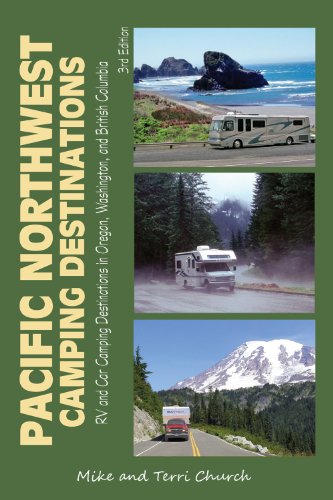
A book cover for Pacific Northwest Camping Destinations: RV and Car Camping Destinations in Oregon, Washington, and British Columbia (Camping Destinations series); Mike Church; Sports & Outdoors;